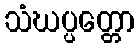
သံဃပ္ပတ္တော